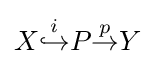
X{\overset {i}{\hookrightarrow }}P{\overset {p}{\to }}Y